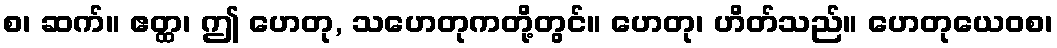
စ၊ ဆက်။ ဧတ္ထ၊ ဤ ဟေတု, သဟေတုကတို့တွင်။ ဟေတု၊ ဟိတ်သည်။ ဟေတုယေဝစ၊